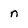
Character: n